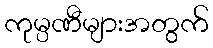
ကုမ္ပဏီများအတွက်